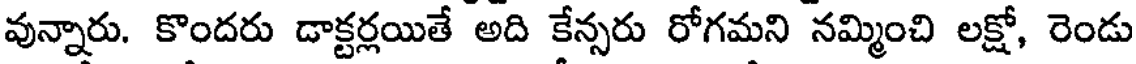
వున్నారు. కొందరు డాక్టర్లయితే అది కేన్సరు రోగమని నమ్మించి లక్షో, రెండు